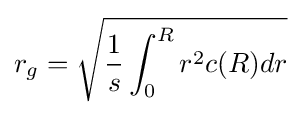
r_{g}={\sqrt {{\frac {1}{s}}\int _{0}^{R}{r^{2}c(R)dr}}}